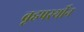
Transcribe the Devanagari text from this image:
बृहपर्स्थीन